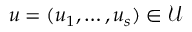
u = ( u _ { 1 } , \ldots , u _ { s } ) \in \mathcal { U }